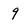
Character: 9